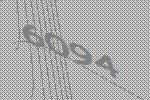
6094